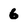
Character: 6